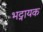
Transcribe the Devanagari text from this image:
भट्नायक